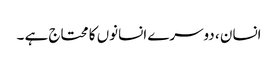
انسان ، دوسرے انسانوں کا محتاج ہے ۔